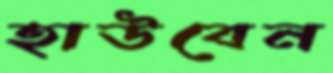
হাউবেন